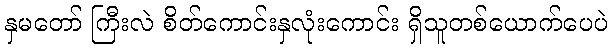
နှမတော် ကြီးလဲ စိတ်ကောင်းနှလုံးကောင်း ရှိသူတစ်ယောက်ပေပဲ